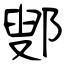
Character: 鄋